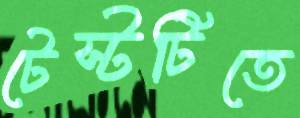
টেস্টটিতে